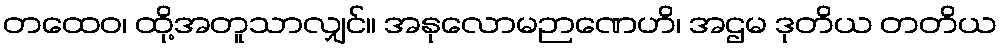
တထေဝ၊ ထို့အတူသာလျှင်။ အနုလောမဉာဏေဟိ၊ အဌမ ဒုတိယ တတိယ